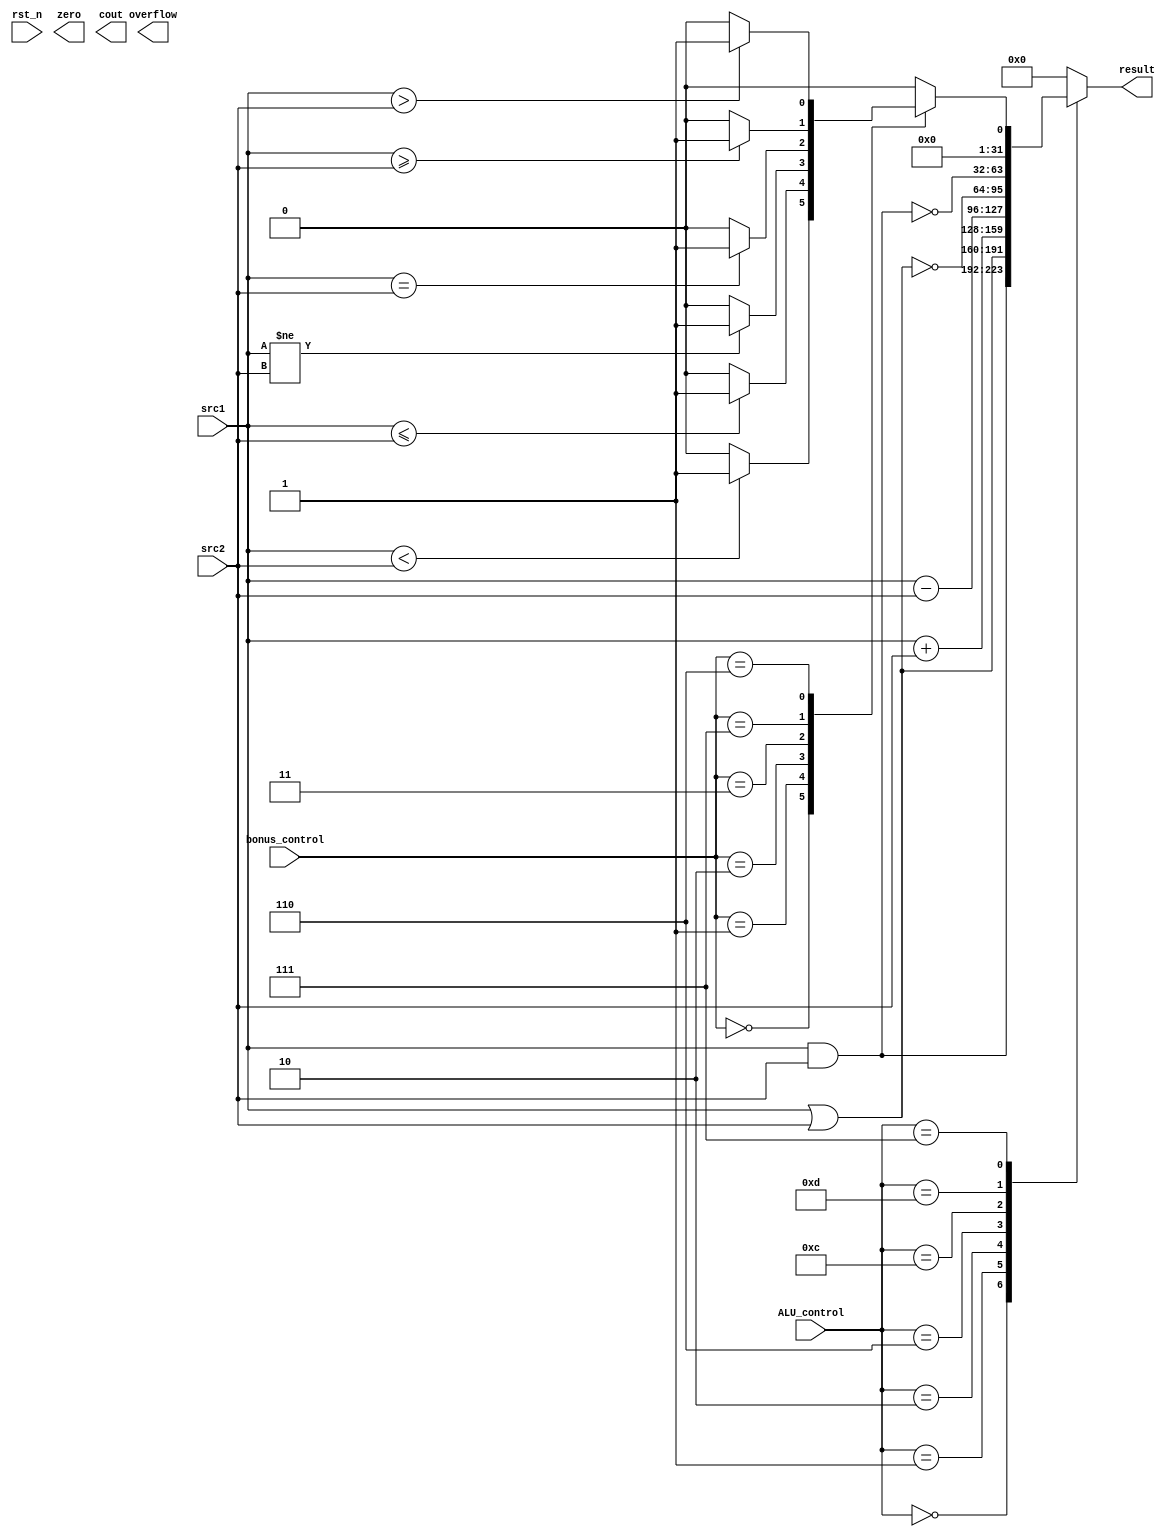
`timescale 1ns/1ps

module alu(
	rst_n,         // negative reset            (input)
	src1,          // 32 bits source 1          (input)
	src2,          // 32 bits source 2          (input)
	ALU_control,   // 4 bits ALU control input  (input)
	bonus_control, // 3 bits bonus control input(input)
	result,        // 32 bits result            (output)
	zero,          // 1 bit when the output is 0, zero must be set (output)
	cout,          // 1 bit carry out           (output)
	overflow       // 1 bit overflow            (output)
);


input				rst_n;
input	[32-1:0]	src1;
input	[32-1:0]	src2;
input	[4-1:0]		ALU_control;
input	[3-1:0]		bonus_control;

output	[32-1:0]	result;
output				zero;
output				cout;
output				overflow;

reg		[32-1:0]	result;
reg					zero;
reg					cout;
reg					overflow;

integer i;

always@(ALU_control or bonus_control) begin
	result = 0;
	case(ALU_control)
		4'b0000: result = src1 & src2;
		4'b0001: result = src1 | src2;	
		4'b0010: result = src1 + src2;	
		4'b0110: result = src1 - src2;	
		4'b1100: result = ~(src1 | src2);	
		4'b1101: result = ~(src1 & src2);	
		4'b0111: begin
//			if(src1<src2) result = 1;
			case(bonus_control)
				3'b000: if(src1<src2) result = 1;
				3'b001: if(src1<=src2) result = 1;
				3'b010: if(src1!=src2) result = 1;
				3'b011: if(src1==src2) result = 1;
				3'b111: if(src1>=src2) result = 1;
				3'b110: if(src1>src2) result = 1;
			endcase
		end
	endcase
end

endmodule